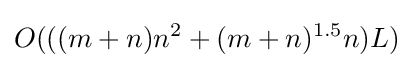
{O}(((m+n)n^{2}+(m+n)^{1.5}n)L)